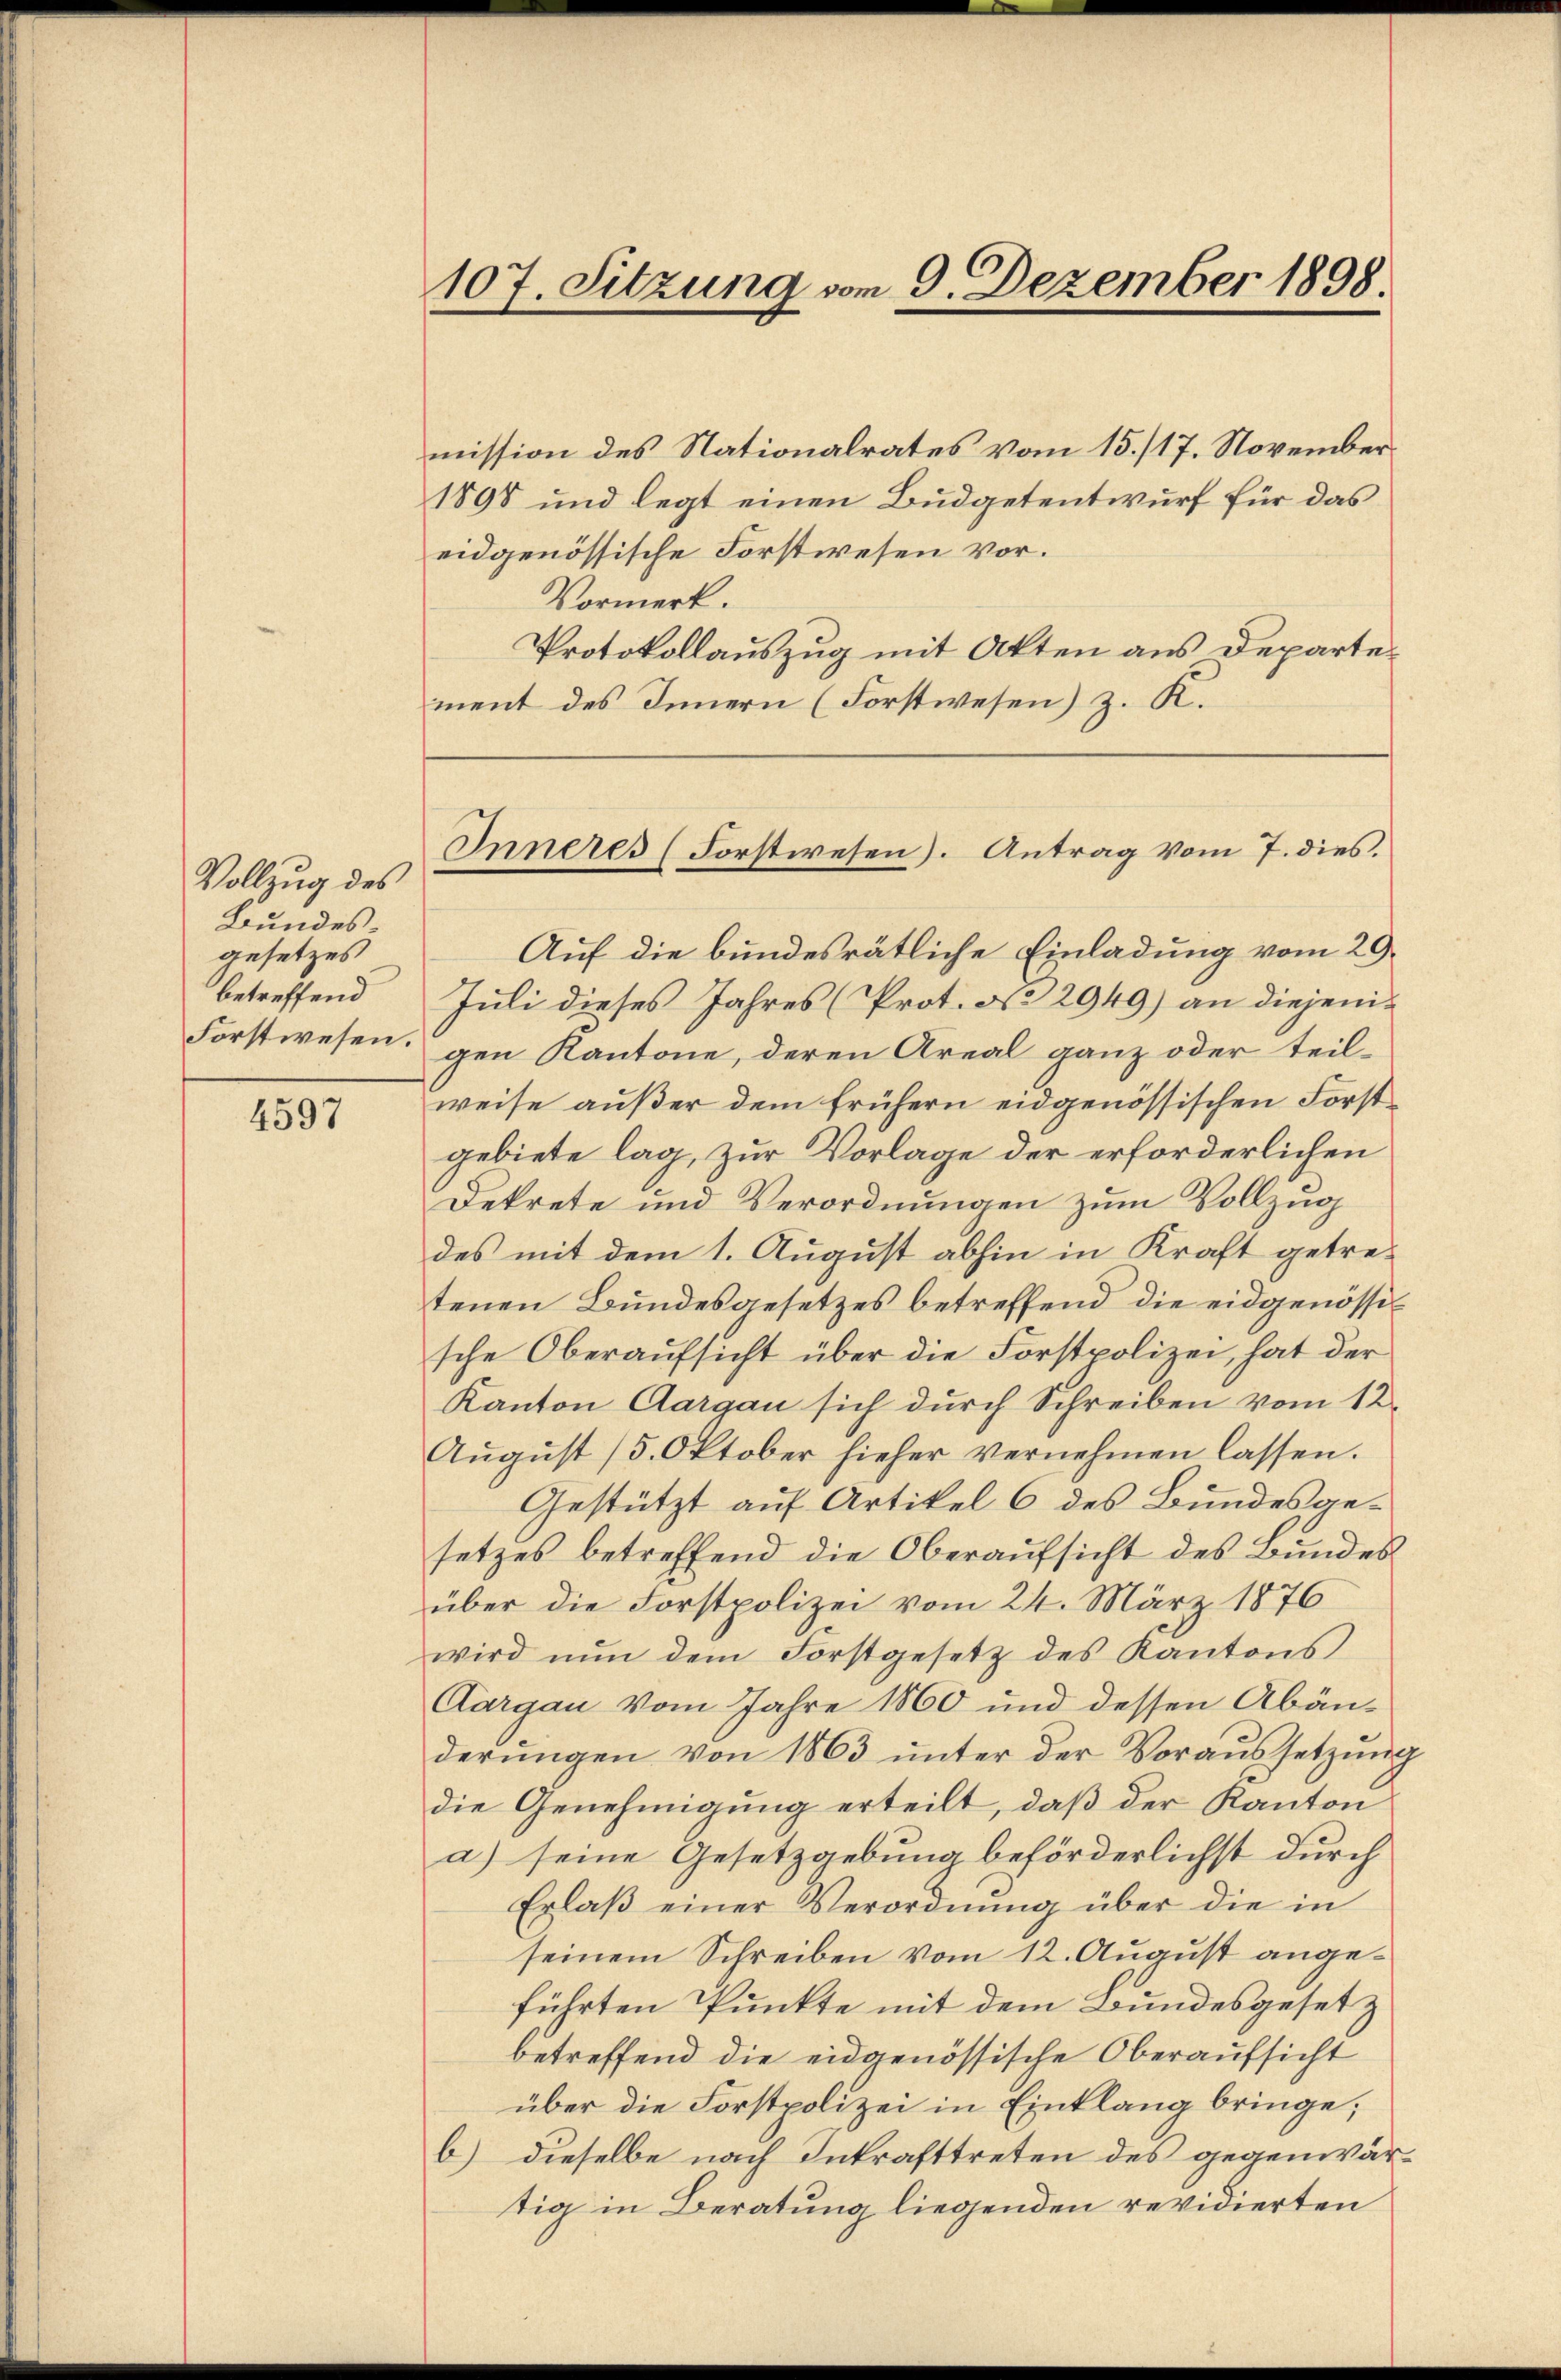
Vollzug des
Bundes
gesetzes
betreffend

4597

mission des Nationalrates vom 15./17. November
1898 und legt einen Büdgetentwurf für das
eidgenössische Forstwesen vor.
Vormerk.
Protokollauszug mit Akten aus Departement des Innern (Forstwesen) z. K.

107. Sitzung vom 9. Dezember 1898.

Inneres (Forstwesen). Antrag vom 7. dies

Auf die bundesrätliche Einladung vom 29.
Juli dieses Jahres (Prot. No 2949) an diejeni¬
Forstwesen. gen Kantone, deren Areal ganz oder teil-
weise außer dem frühern eidgenössischen Forst
gebiete lag, zur Vorlage der erforderlichen
Dekrete und Verordnungen zum Vollzug
des mit dem 1. August abhin in Kraft getretenen Bundesgesetzes betreffend die eidgenössische Oberaufsicht über die Forstpolizei, hat der
Kanton Aargau sich durch Schreiben vom 12.
Aŭgŭst (5. Oktober hieher vernehmen lassen.
Gestützt auf Artikel 6 des Bundesgesetzes betreffend die Oberaŭfsicht des Bundes
über die Forstpolizei vom 24. März 1876
wird nŭn dem Forstgesetz des Kantons
Aargau vom Jahre 1860 und dessen Abänderŭngen von 1863 ŭnter der Voraŭssetzŭng
die Genehmigung erteilt, daß der Kanton
a) seine Gesetzgebung beförderlichst durch
Erlaβ einer Verordnung über die in
seinem Schreiben vom 12. August angeführten Punkte mit dem Bundesgesetz
betreffend die eidgenössische Oberaufsicht
über die Forstpolizei in Einklang bringe;
b) dieselbe nach Inkrafttreten des gegenwärtig in Beratung liegenden revidierten